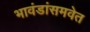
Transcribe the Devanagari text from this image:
भावंडांसमवेत